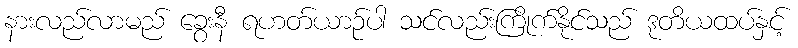
နားလည်လာမည် ခွေးနီ ရဟတ်ယာဉ်ပါ သင်လည်းကြိုက်နိုင်သည် ဒုတိယထပ်နှင့်